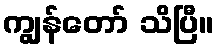
ကျွန်တော် သိပြီ။